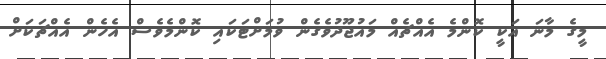
މީގެ މާނަ އަކީ ކޮންމެ އެއްޗެއް މައުޖޫދުވެގެން ވުމަށްޓަކައި ކޮންމެވެސް އެހެން އެއްޗަކަށް